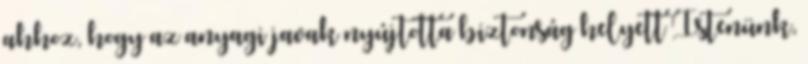
ahhoz, hogy az anyagi javak nyújtotta biztonság helyett Istenünk,